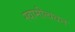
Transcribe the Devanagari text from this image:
स्वामीत्वधन